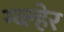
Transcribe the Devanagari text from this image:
ग्व्ल्हेर